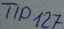
Text: TIP127